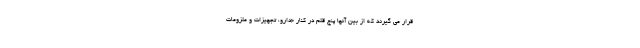
قرار می گیرند که از بین آنها پنج قلم در کنار «دارو، تجهیزات و ملزومات